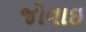
જોવાઇ